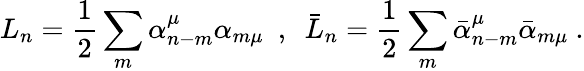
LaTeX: L_{n}=\frac{1}{2}\sum_{m}\alpha_{n-m}^{\mu}\alpha_{m\mu}\ \ ,\ \ \bar{L}_{n}=\frac{1}{2}\sum_{m}\bar{\alpha}_{n-m}^{\mu}\bar{\alpha}_{m\mu}\ .